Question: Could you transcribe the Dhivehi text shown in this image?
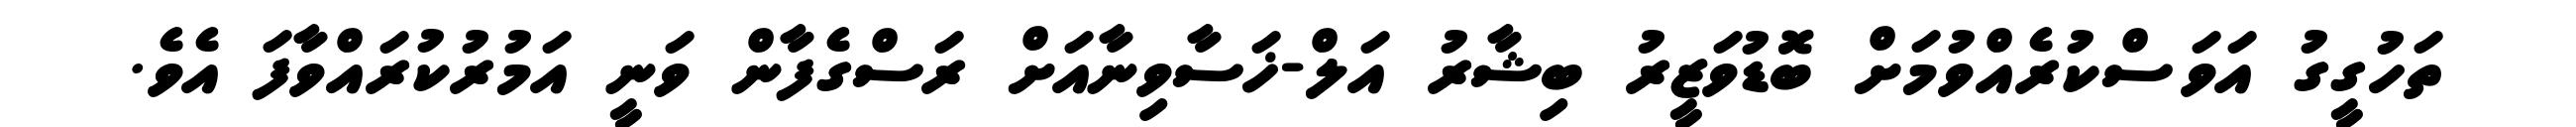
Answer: ތަހުގީގު އަވަސްކުރެއްވުމަށް ބޮޑުވަޒީރު ބިޝާރު އަލް-ޚަސާވިނާއަށް ރަސްގެފާން ވަނީ އަމުރުކުރައްވާފަ އެވެ.